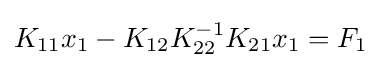
K_{11}x_{1}-K_{12}K_{22}^{-1}K_{21}x_{1}=F_{1}